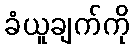
ခံယူချက်ကို